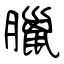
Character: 臘